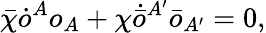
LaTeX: \bar{\chi}\dot{o}^{A}o_{A}+\chi\dot{\bar{o}}{}^{A^{\prime}}\bar{o}_{A^{\prime}}=0,